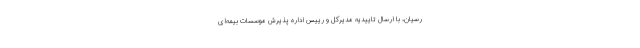
رسیان، با ارسال تایید‌یه مد‌یرکل و رییس اد‌اره پذیرش موسسات بیمه‌ای